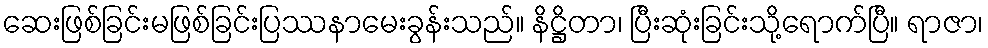
ဆေးဖြစ်ခြင်းမဖြစ်ခြင်းပြဿနာမေးခွန်းသည်။ နိဋ္ဌိတာ၊ ပြီးဆုံးခြင်းသို့ရောက်ပြီ။ ရာဇာ၊